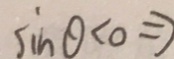
\sin \theta < 0 \Rightarrow